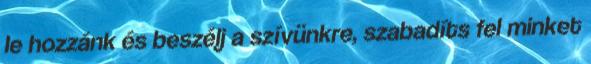
le hozzánk és beszélj a szívünkre, szabadíts fel minket